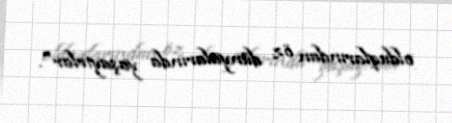
olduqlarından öz dünyalarında yaşayırlar".